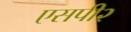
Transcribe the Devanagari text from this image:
एसपी२